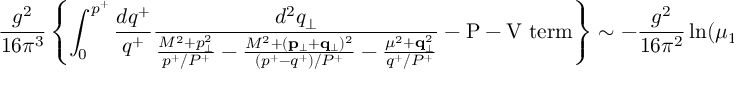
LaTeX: \frac { g ^ { 2 } } { 1 6 \pi ^ { 3 } } \left\{ \int _ { 0 } ^ { p ^ { + } } \frac { d q ^ { + } } { q ^ { + } } \frac { d ^ { 2 } q _ { \perp } } { \frac { M ^ { 2 } + p _ { \perp } ^ { 2 } } { p ^ { + } / P ^ { + } } - \frac { M ^ { 2 } + ( { \bf p } _ { \perp } + { \bf q } _ { \perp } ) ^ { 2 } } { ( p ^ { + } - q ^ { + } ) / P ^ { + } } - \frac { \mu ^ { 2 } + { \bf q } _ { \perp } ^ { 2 } } { q ^ { + } / P ^ { + } } } - \mathrm { P - V ~ t e r m } \right\} \sim - \frac { g ^ { 2 } } { 1 6 \pi ^ { 2 } } \ln ( \mu _ { 1 } / \mu ) \, .